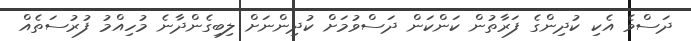
ދަސްވެ އެކި ކުދިންގެ ފަރާތުން ކަންކަން ދަސްވުމަށް ކުދިންނަށް ލިބިގެންދާނެ މުހިއްމު ފުރުސަތެއް